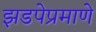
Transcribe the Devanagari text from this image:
झडपेप्रमाणे